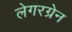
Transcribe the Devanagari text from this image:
लेगरग्रेन